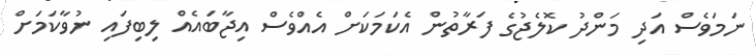
ނަމަވެސް އަދި މަންދު ކޮލެޖުގެ ފަރާތުން އެކަމަކަށް އެއްވެސް އިޖާބައެއް ލިބިފައި ނުވާކަމަށް